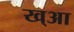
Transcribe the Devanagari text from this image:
ख्आ